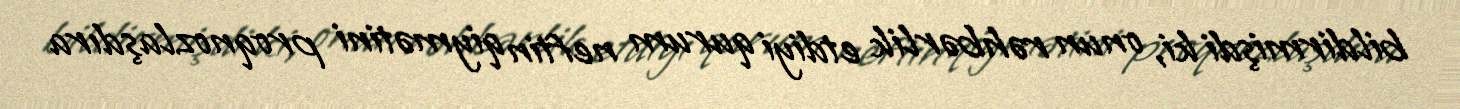
bildirmişdi ki, onun rəhbərlik etdiyi qurum neftin qiymətini proqnozlaşdıra